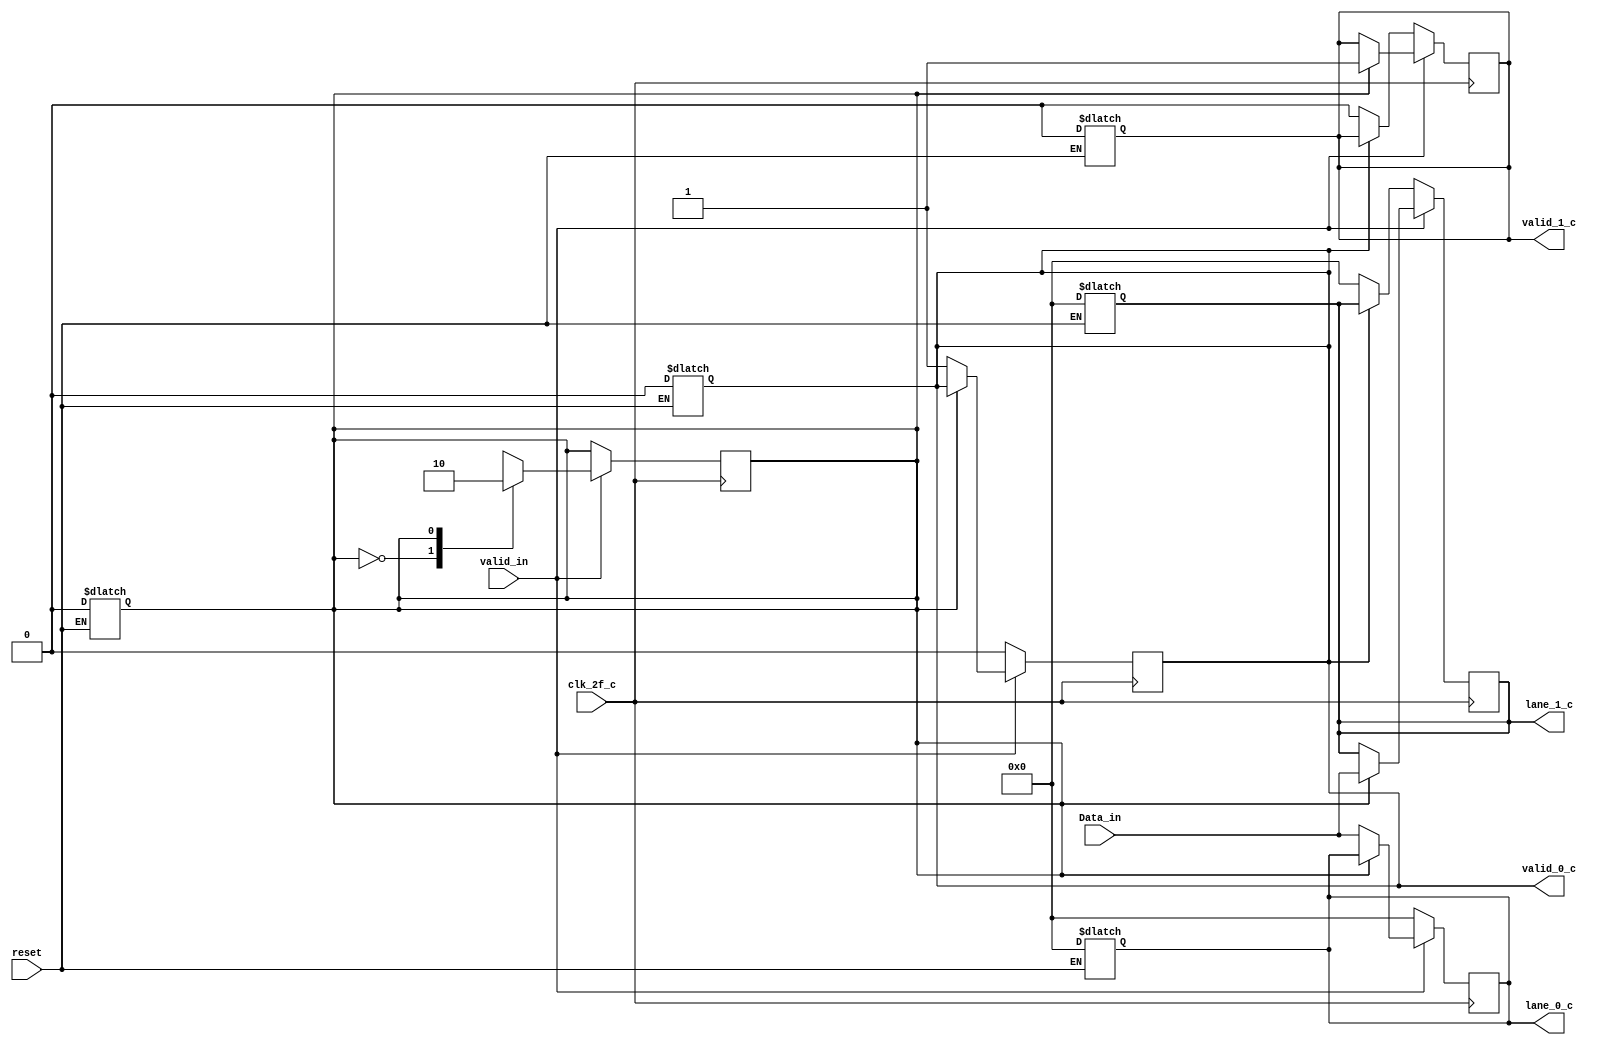
module byte_striping_c (
	input clk_2f_c,
	input reset,
	input valid_in,
	input [31:0] Data_in,
	output reg valid_0_c,
	output reg [31:0] lane_0_c,
	output reg valid_1_c,
	output reg [31:0] lane_1_c
);
	reg contador;

	always @(*) begin
		if (reset == 0) begin
			valid_0_c <= 0;
			lane_0_c <= 0;
			valid_1_c <= 0;
			lane_1_c <= 0;
			contador <= 0;
		end
	end

	always @(posedge clk_2f_c) begin
		if (valid_in) begin
			case (contador)
				1'b0:
				begin
					contador <= 1'b1;
					lane_0_c <= Data_in;
					valid_0_c <= 1;
				end
				1'b1:
				begin
					contador <= 1'b0;
					lane_1_c <= Data_in;
					valid_1_c <= 1;
				end
			endcase
		end
		else begin
			valid_0_c <= 0;
			lane_0_c <= 0;
			if (valid_0_c == 0) begin
				lane_1_c <= 0;
				valid_1_c <= 0;
			end
		end
	end
endmodule